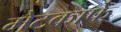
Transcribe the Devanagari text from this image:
मेटकाफे